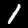
Digit: 1